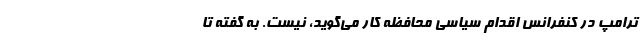
ترامپ در کنفرانس اقدام سیاسی محافظه کار می‌گوید، نیست. به گفته تا